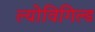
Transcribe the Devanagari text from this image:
ल्योविगिल्ड